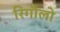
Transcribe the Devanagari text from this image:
रिगौलो